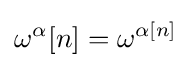
\omega ^{\alpha }[n]=\omega ^{\alpha [n]}